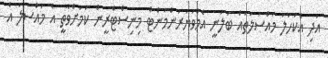
އަދި އެކަހަލަ މައްސަލަތައް ބަލަނީ އެމްވަޔަރަންމަންޓް މިނިސްޓްރީން ކަމަށްވާތީ އެ މައްސަލަ އެ